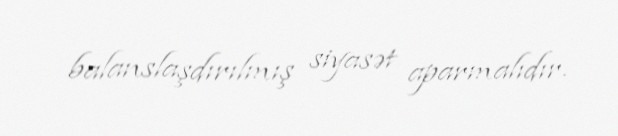
balanslaşdırılmış siyasət aparmalıdır.